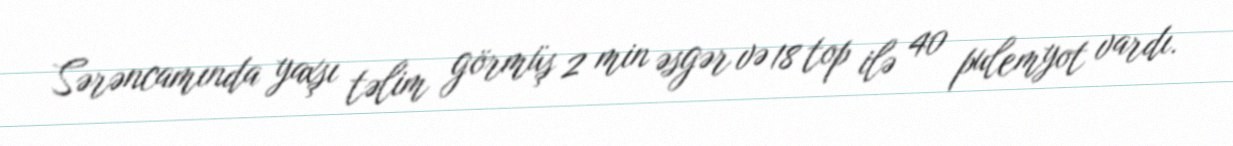
Sərəncamında yaxşı təlim görmüş 2 min əsgər və 18 top ilə 40 pulemyot vardı.